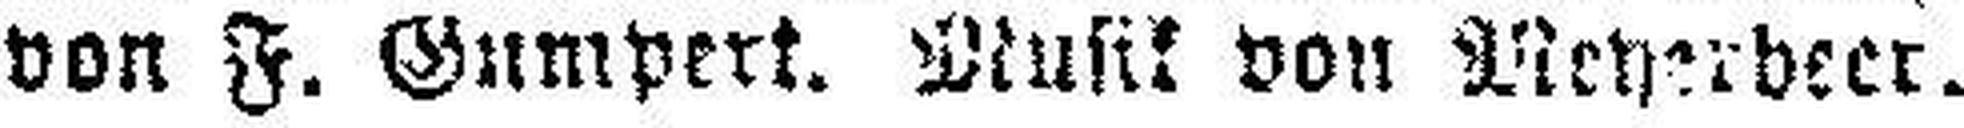
von F. Gumpert. Musik von Meyerdeer.